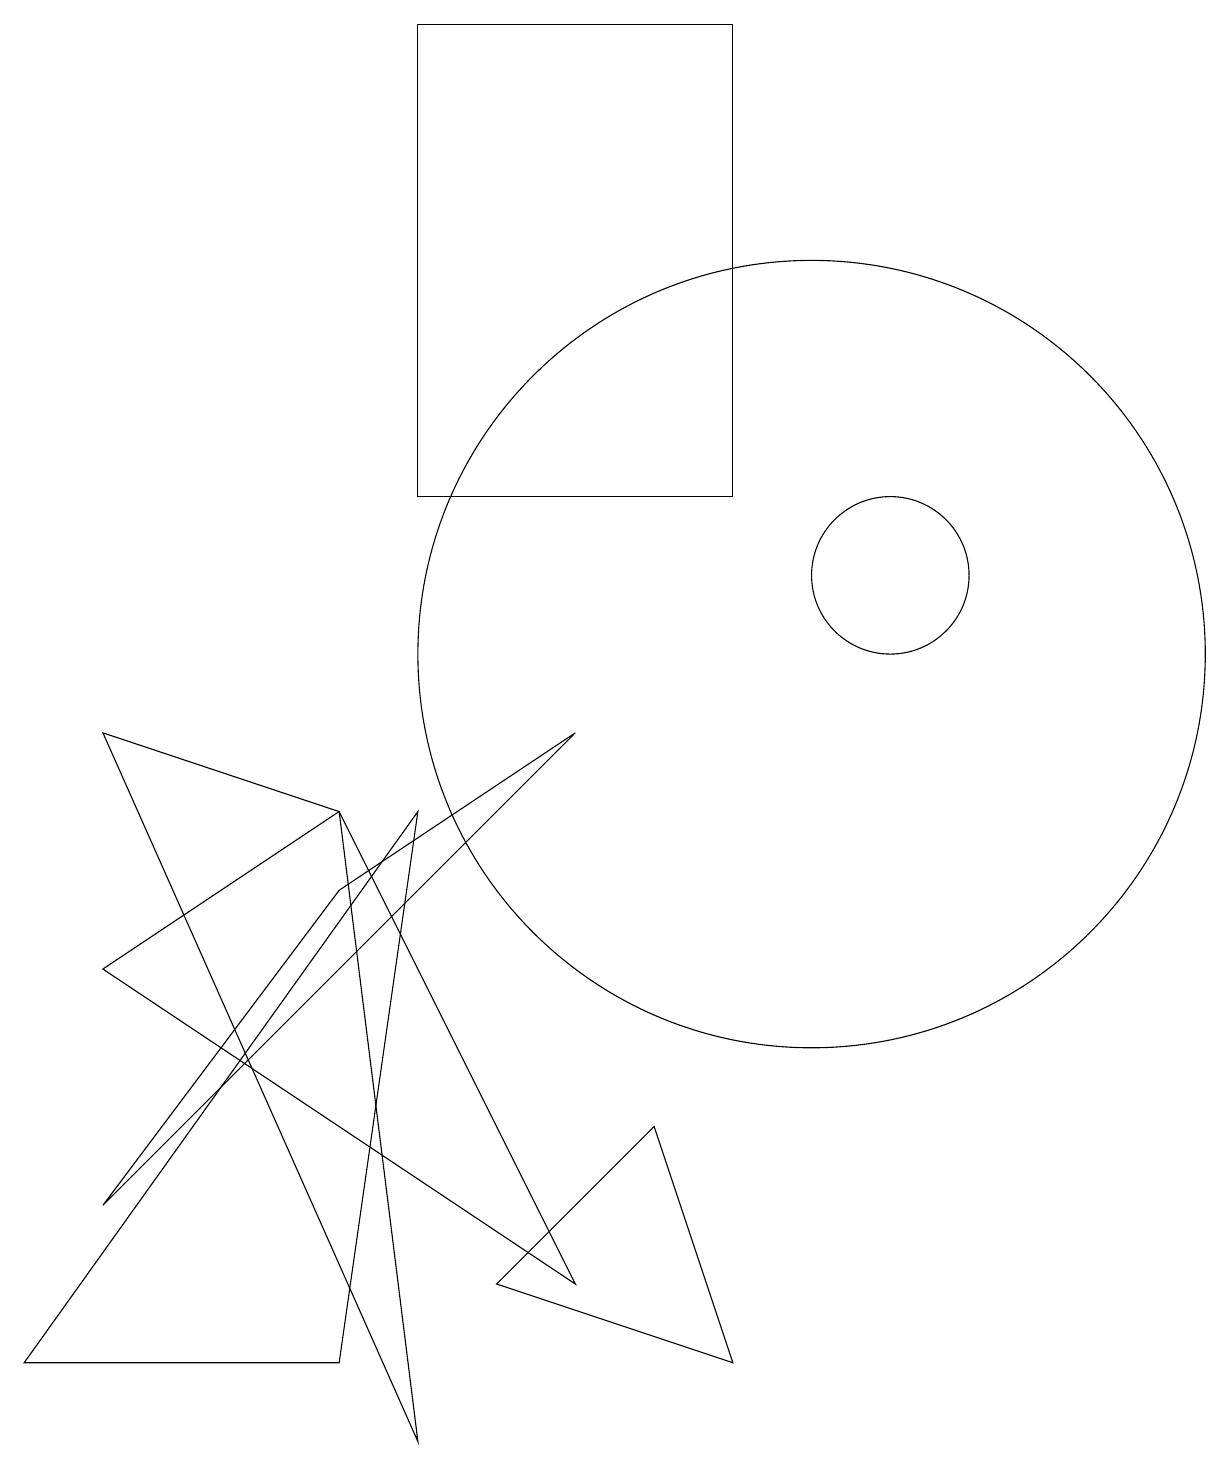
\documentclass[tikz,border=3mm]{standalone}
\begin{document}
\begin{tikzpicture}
\draw (10,10) circle (5);
\draw (5,0) -- (4,8) -- (1,9) -- cycle;
\draw (7,9) -- (4,7) -- (1,3) -- cycle;
\draw (4,1) -- (0,1) -- (5,8) -- cycle;
\draw (9,18) rectangle (5,12);
\draw (8,4) -- (6,2) -- (9,1) -- cycle;
\draw (4,8) -- (1,6) -- (7,2) -- cycle;
\draw (11,11) circle (1);
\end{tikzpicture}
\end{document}